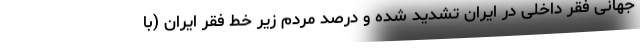
جهانی فقر داخلی در ایران تشدید شده و درصد مردم زیر خط فقر ایران (با